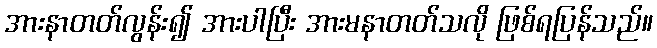
အားနာတတ်လွန်း၍ အားပါပြီး အားမနာတတ်သလို ဖြစ်ရပြန်သည်။